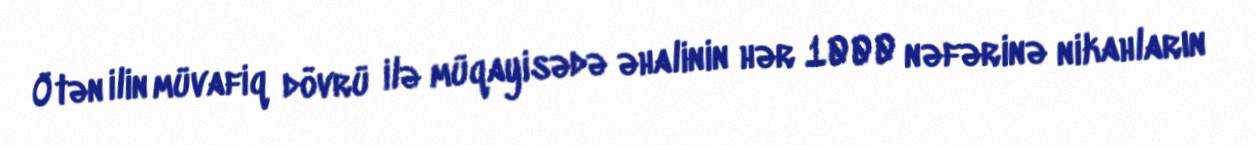
Ötən ilin müvafiq dövrü ilə müqayisədə əhalinin hər 1000 nəfərinə nikahların